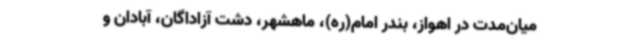
میان‌مدت در اهواز، بندر امام(ره)، ماهشهر، دشت آزاداگان، آبادان و